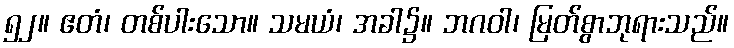
၅၂။ ဧတံ၊ တစ်ပါးသော။ သမယံ၊ အခါ၌။ ဘဂဝါ၊ မြတ်စွာဘုရားသည်။